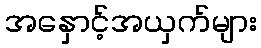
အနှောင့်အယှက်များ